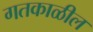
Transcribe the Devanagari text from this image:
गतकाळील